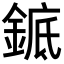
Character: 𬫩